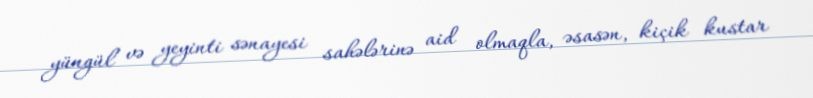
yüngül və yeyinti sənayesi sahələrinə aid olmaqla, əsasən, kiçik kustar